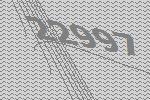
22997